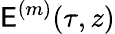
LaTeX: \mathsf{E}^{(m)}(\tau,z)